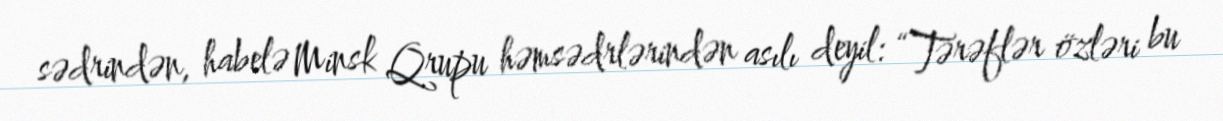
sədrindən, habelə Minsk Qrupu həmsədrlərindən asılı deyil: “Tərəflər özləri bu